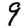
Digit: 9